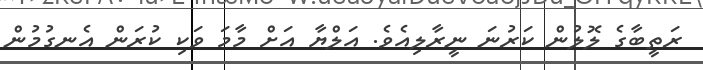
ރަތީބާގެ ލޮލުން ކަރުނަ ނީރާލިއެވެ. އަލްޔާ އަށް މާމަ ވަކި ކުރަން އެނގުމުން